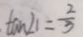
\tan \angle 1 = \frac { 2 } { 3 }